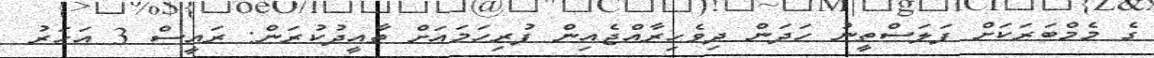
ގެ މެމްބަރަކަށް ފަލަސްތީނު ހަދަން ދިވެހިރާއްޖެއިން ފުރިހަމައަށް ތާއީދުކުރަން: ރައީސް 3 އަހަރު